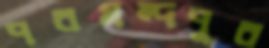
পরমন্দপুর